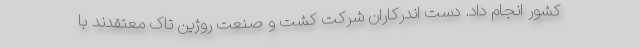
کشور انجام داد. دست اندرکاران شرکت کشت و صنعت روژین تاک معتقدند با